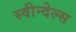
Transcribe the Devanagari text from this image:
स्वीन्देल्स